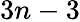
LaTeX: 3n-3